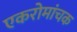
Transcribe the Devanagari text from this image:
एकरोमांचक